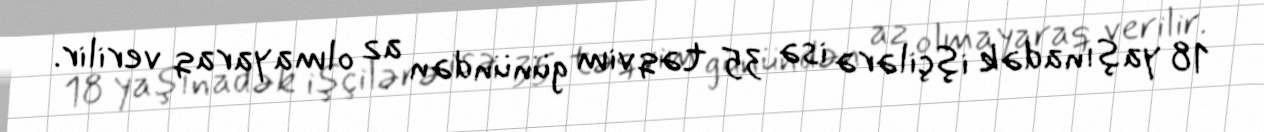
18 yaşınadək işçilərə isə 35 təqvim günündən az olmayaraq verilir.